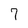
Character: 7